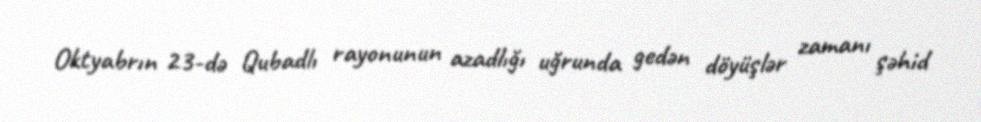
Oktyabrın 23-də Qubadlı rayonunun azadlığı uğrunda gedən döyüşlər zamanı şəhid